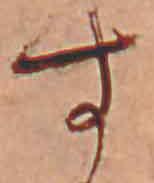
す